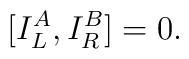
\lbrack {I_L^A,I_R^B]}=0.